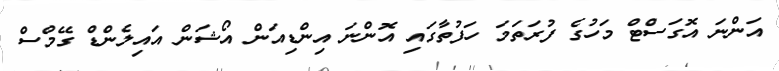
އަންނަ އޮގަސްޓް މަހުގެ ފުރަތަމަ ހަފުތާގައި އޮންނަ އިންޑިއަން އޯޝަން އައިލެންޑް ގޭމްސް